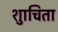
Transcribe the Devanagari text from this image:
शुाचिता